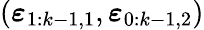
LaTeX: (\boldsymbol{\varepsilon}_{1:k-1,1},\boldsymbol{\varepsilon}_{0:k-1,2})